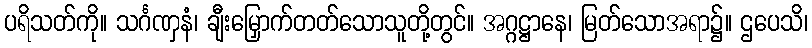
ပရိသတ်ကို။ သင်္ဂဏှနံ၊ ချီးမြှောက်တတ်သောသူတို့တွင်။ အဂ္ဂဋ္ဌာနေ၊ မြတ်သောအရာ၌။ ဌပေသိ၊